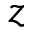
z